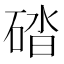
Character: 䂿